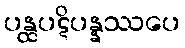
ပန္ထပဋိပန္နဿပေ